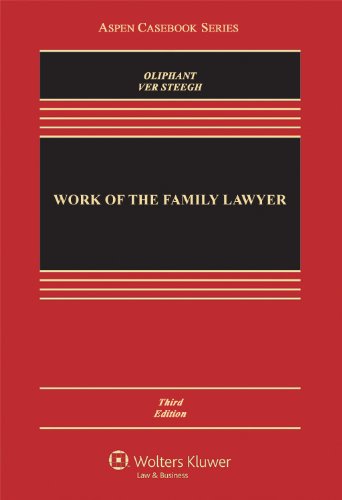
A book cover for Work of the Family Lawyer, Third Edition (Aspen Casebooks); Robert E. Oliphant; Law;